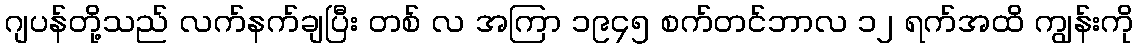
ဂျပန်တို့သည် လက်နက်ချပြီး တစ် လ အကြာ ၁၉၄၅ စက်တင်ဘာလ ၁၂ ရက်အထိ ကျွန်းကို